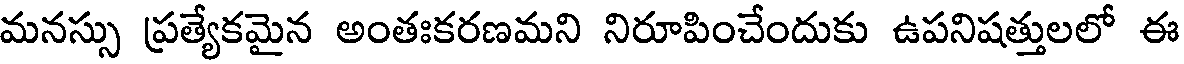
మనస్సు ప్రత్యేకమైన అంతఃకరణమని నిరూపించేందుకు ఉపనిషత్తులలో ఈ